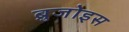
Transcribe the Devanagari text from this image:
ब्रुजोइस